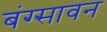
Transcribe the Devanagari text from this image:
बंग्सावन